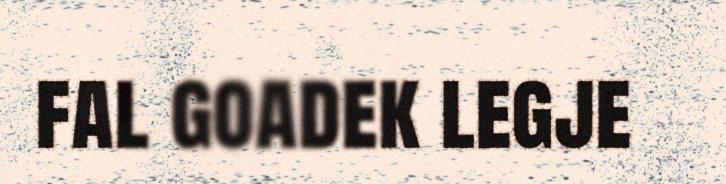
fal goadek legje